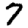
Digit: 7